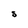
Character: S